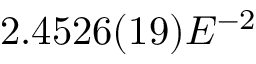
2 . 4 5 2 6 ( 1 9 ) E ^ { - 2 }